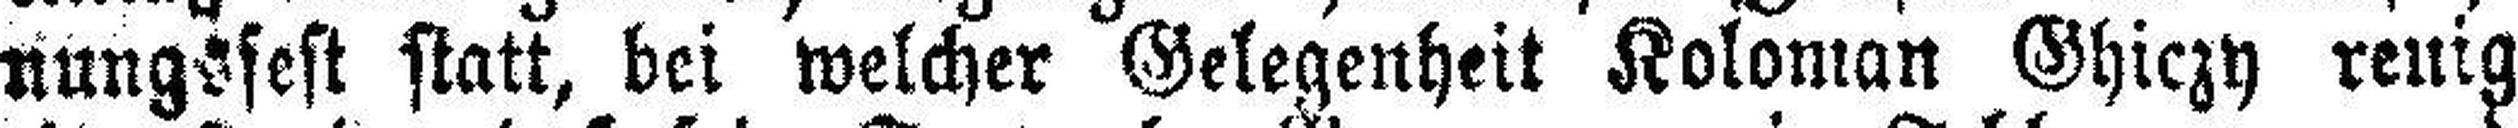
nungsfest statt, bei welcher Gelegenheit Koloman Ghiczy reuig